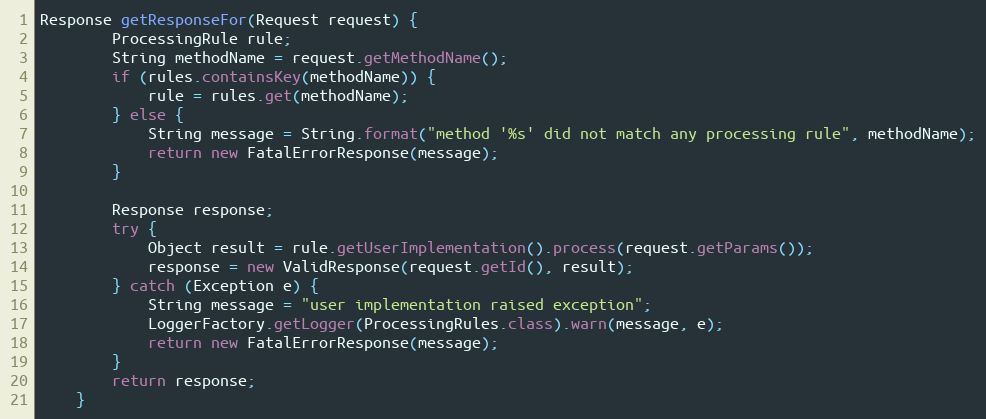
Language: Java
Response getResponseFor(Request request) {
        ProcessingRule rule;
        String methodName = request.getMethodName();
        if (rules.containsKey(methodName)) {
            rule = rules.get(methodName);
        } else {
            String message = String.format("method '%s' did not match any processing rule", methodName);
            return new FatalErrorResponse(message);
        }

        Response response;
        try {
            Object result = rule.getUserImplementation().process(request.getParams());
            response = new ValidResponse(request.getId(), result);
        } catch (Exception e) {
            String message = "user implementation raised exception";
            LoggerFactory.getLogger(ProcessingRules.class).warn(message, e);
            return new FatalErrorResponse(message);
        }
        return response;
    }